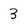
Character: 3